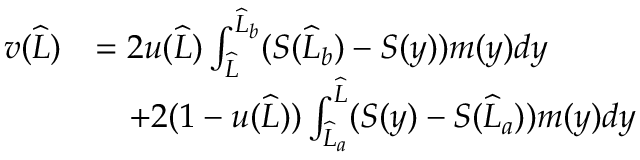
\begin{array} { r l } { v ( \widehat { L } ) } & { = 2 u ( \widehat { L } ) \int _ { \widehat { L } } ^ { \widehat { L } _ { b } } ( S ( \widehat { L } _ { b } ) - S ( y ) ) m ( y ) d y } \\ & { \quad + 2 ( 1 - u ( \widehat { L } ) ) \int _ { \widehat { L } _ { a } } ^ { \widehat { L } } ( S ( y ) - S ( \widehat { L } _ { a } ) ) m ( y ) d y } \end{array}